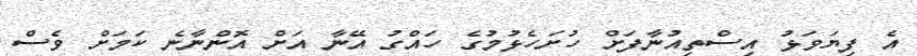
އެ ފިޔަވަޅުު އިސްތިއުނާފަށް ހުށަހެޅުމުގެ ހައްގު އޭނާ އަށް އޮންނާނެ ކަމަށް ވެސް